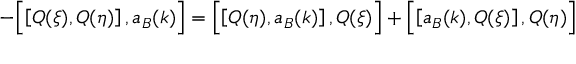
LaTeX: - \Bigl [ \left[ Q ( \xi ) , Q ( \eta ) \right] , a _ { B } ( k ) \Bigr ] = \Bigl [ \left[ Q ( \eta ) , a _ { B } ( k ) \right] , Q ( \xi ) \Bigr ] + \Bigl [ \left[ a _ { B } ( k ) , Q ( \xi ) \right] , Q ( \eta ) \Bigr ]